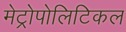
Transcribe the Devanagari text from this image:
मेट्रोपोलिटिकल